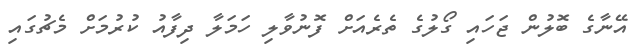
އޭނާގެ ބޮލުން ޖަހައި ގޯލުގެ ތެރެއަށް ފޮނުވާލި ހަމަލާ ދިފާއު ކުރުމަށް މެޗުގައި